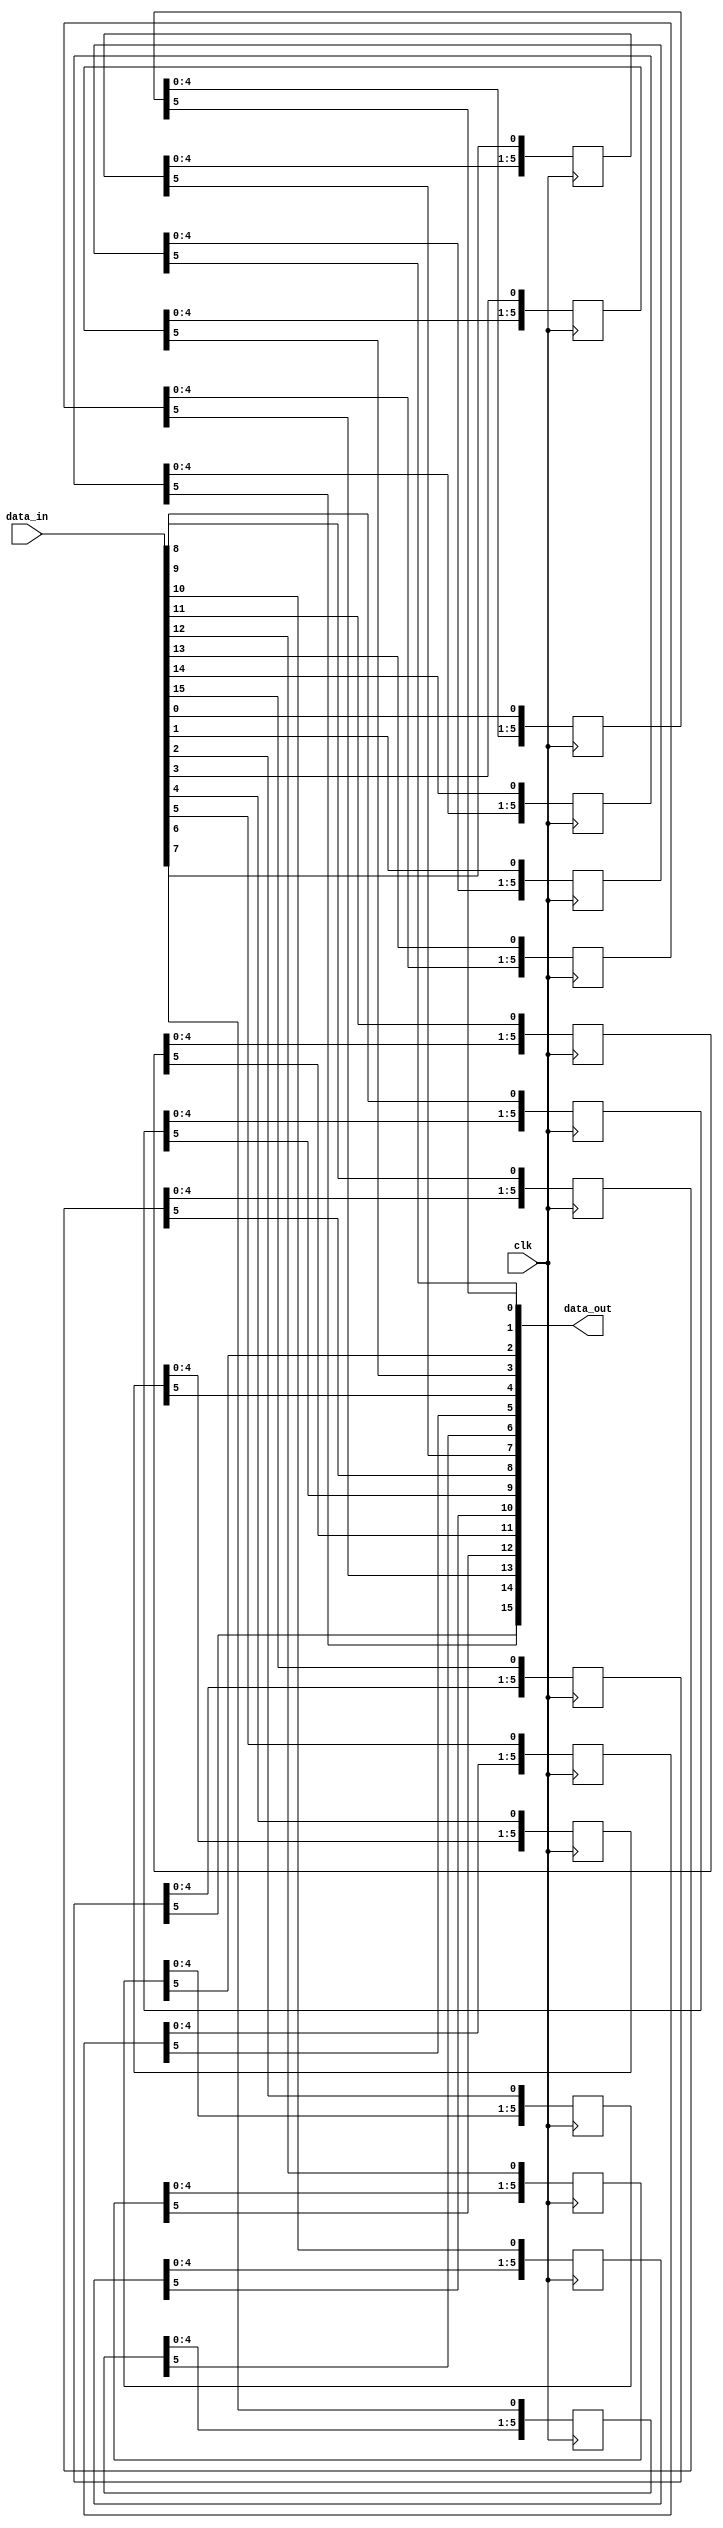
module shift_mac_l1
(
  input clk,
  input [15:0] data_in,
  output [15:0] data_out
);

parameter DEPTH = 6;

reg [DEPTH-1:0] holding_register0;
reg [DEPTH-1:0] holding_register1;
reg [DEPTH-1:0] holding_register2;
reg [DEPTH-1:0] holding_register3;
reg [DEPTH-1:0] holding_register4;
reg [DEPTH-1:0] holding_register5;
reg [DEPTH-1:0] holding_register6;
reg [DEPTH-1:0] holding_register7;
reg [DEPTH-1:0] holding_register8;
reg [DEPTH-1:0] holding_register9;
reg [DEPTH-1:0] holding_register10;
reg [DEPTH-1:0] holding_register11;
reg [DEPTH-1:0] holding_register12;
reg [DEPTH-1:0] holding_register13;
reg [DEPTH-1:0] holding_register14;
reg [DEPTH-1:0] holding_register15;

always @ (posedge clk) begin
  holding_register0 [DEPTH-1:0] <= {holding_register0[DEPTH-2:0], data_in[0]};
  holding_register1 [DEPTH-1:0] <= {holding_register1[DEPTH-2:0], data_in[1]};
  holding_register2 [DEPTH-1:0] <= {holding_register2[DEPTH-2:0], data_in[2]};
  holding_register3 [DEPTH-1:0] <= {holding_register3[DEPTH-2:0], data_in[3]};
  holding_register4 [DEPTH-1:0] <= {holding_register4[DEPTH-2:0], data_in[4]};
  holding_register5 [DEPTH-1:0] <= {holding_register5[DEPTH-2:0], data_in[5]};
  holding_register6 [DEPTH-1:0] <= {holding_register6[DEPTH-2:0], data_in[6]};
  holding_register7 [DEPTH-1:0] <= {holding_register7[DEPTH-2:0], data_in[7]};
  holding_register8 [DEPTH-1:0] <= {holding_register8[DEPTH-2:0], data_in[8]};
  holding_register9 [DEPTH-1:0] <= {holding_register9[DEPTH-2:0], data_in[9]};
  holding_register10 [DEPTH-1:0] <= {holding_register10[DEPTH-2:0], data_in[10]};
  holding_register11 [DEPTH-1:0] <= {holding_register11[DEPTH-2:0], data_in[11]};
  holding_register12 [DEPTH-1:0] <= {holding_register12[DEPTH-2:0], data_in[12]};
  holding_register13 [DEPTH-1:0] <= {holding_register13[DEPTH-2:0], data_in[13]};
  holding_register14 [DEPTH-1:0] <= {holding_register14[DEPTH-2:0], data_in[14]};
  holding_register15 [DEPTH-1:0] <= {holding_register15[DEPTH-2:0], data_in[15]};
end

assign data_out[0] = holding_register0[DEPTH-1];
assign data_out[1] = holding_register1[DEPTH-1];
assign data_out[2] = holding_register2[DEPTH-1];
assign data_out[3] = holding_register3[DEPTH-1];
assign data_out[4] = holding_register4[DEPTH-1];
assign data_out[5] = holding_register5[DEPTH-1];
assign data_out[6] = holding_register6[DEPTH-1];
assign data_out[7] = holding_register7[DEPTH-1];
assign data_out[8] = holding_register8[DEPTH-1];
assign data_out[9] = holding_register9[DEPTH-1];
assign data_out[10] = holding_register10[DEPTH-1];
assign data_out[11] = holding_register11[DEPTH-1];
assign data_out[12] = holding_register12[DEPTH-1];
assign data_out[13] = holding_register13[DEPTH-1];
assign data_out[14] = holding_register14[DEPTH-1];
assign data_out[15] = holding_register15[DEPTH-1];


endmodule